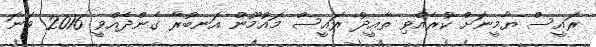
ރައީސް ޔާމީނަށް ކުރެއްވި ތާއީދު ރައީސް މައުމޫން އަނބުރާ ގެންދެއްވީ 2016 ވަނަ